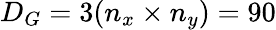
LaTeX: D_{G}=3(n_{x}\times n_{y})=90